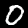
Digit: 0